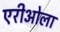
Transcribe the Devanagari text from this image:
एरीओला